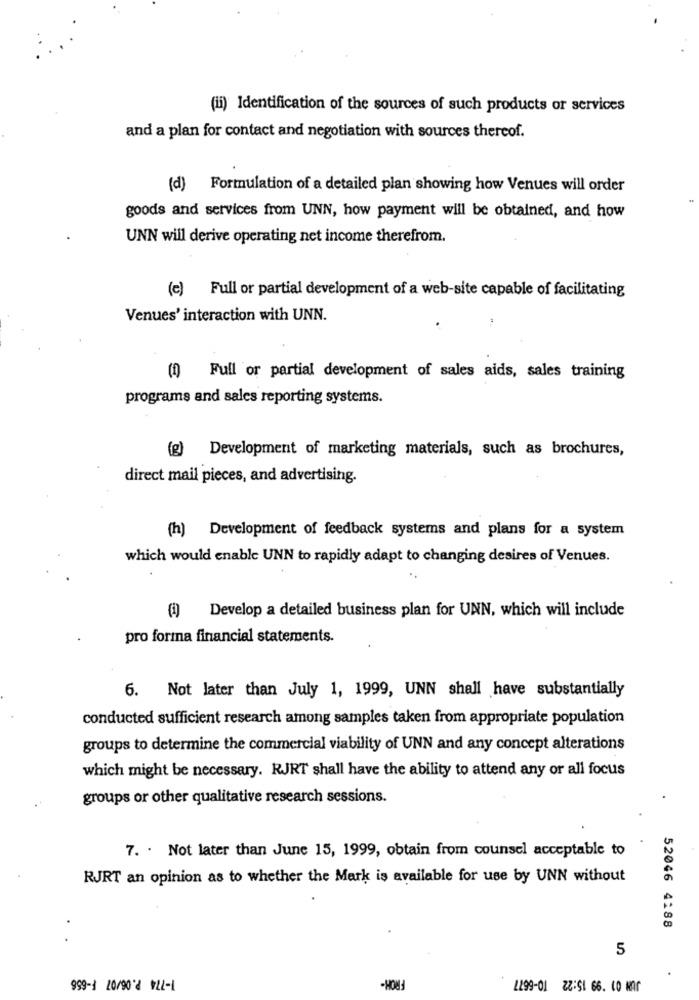
(ii) Identification of the sources of such products or services
and a plan for contact and negotiation with sources thereof.
(d) Formulation of a detailed plan showing how Venues will order
goods and services from UNN, how payment will be obtained, and how
UNN will derive operating net income therefrom.
(e) Full or partial development of a web-site capable of facilitating
Venues' interaction with UNN.
(1) Full or partial development of sales aids, sales training
programs and sales reporting systems.
(g) Development of marketing materials, such as brochures,
direct mail pieces, and advertising.
(h) Development of feedback systems and plans for a system
which would enable UNN to rapidly adapt to changing desires of Venues.
Develop a detailed business plan for UNN, which will include
pro forma financial statements.
6. Not later than July 1, 1999, UNN shall have substantially
conducted sufficient research among samples taken from appropriate population
groups to determine the commercial viability of UNN and any concept alterations
which might be necessary. RJRT shall have the ability to attend any or all focus
groups or other qualitative research sessions.
7. . Not later than June 15, 1999, obtain from counsel acceptable to
RJRT an opinion as to whether the Mark is available for use by UNN without
52046 4188
.
5
999-1 20/90 8 422-1
-HOW
2299-01 ZZ:51 66. 40 MAr